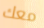
معك